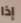
إذا